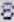
8